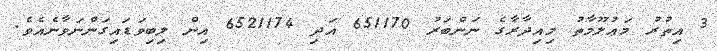
3 އިތުރު މަޢުލޫމާތު މިއިދާރާގެ ނަންބަރު 651170 އަދި 6521174 އިން ލިބިވަޑައިގަންނަވާނެއެވެ.